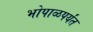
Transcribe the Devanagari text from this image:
भोपाळपर्यंत